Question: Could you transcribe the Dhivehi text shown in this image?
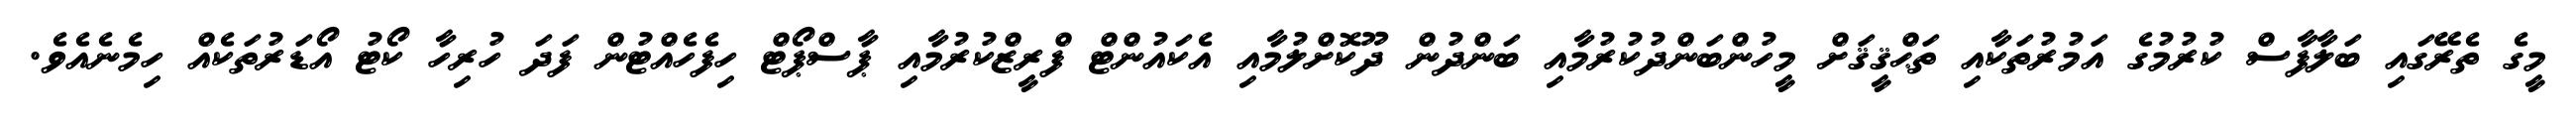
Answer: މީގެ ތެރޭގައި ބަލާފާސް ކުރުމުގެ އަމުރުތަކާއި ތަޙްޤީޤަށް މީހުންބަންދުކުރުމާއި ބަންދުން ދޫކޮށްލުމާއި އެކައުންޓް ފްރީޒްކުރުމާއި ޕާސްޕޯޓް ހިފެހެއްޓުން ފަދަ ހުރިހާ ކޯޓު އޯޑަރުތަކެއް ހިމެނެއެވެ.